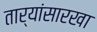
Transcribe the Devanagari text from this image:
तार्‍यांसारखा